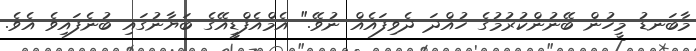
މާބަނޑު މީހުން ބޭނުންކުރުމުގެ ހުއްދަ ދެވިފައެއް ނުވޭ." އެމްއެފްޑީއޭގެ ބަޔާނުގައި ބުނެފައިވެ އެވެ.